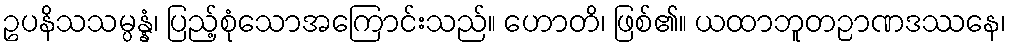
ဥပနိသသမ္ပန္နံ၊ ပြည့်စုံသောအကြောင်းသည်။ ဟောတိ၊ ဖြစ်၏။ ယထာဘူတဉာဏဒဿနေ၊